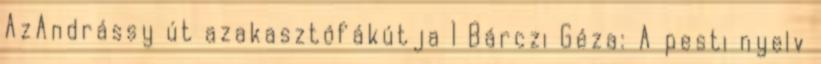
AzAndrássy út azakasztófákútja 1 Bárczi Géza: A pesti nyelv